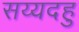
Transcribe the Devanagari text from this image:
सय्यदहु